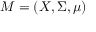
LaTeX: M = ( X , \Sigma , \mu )